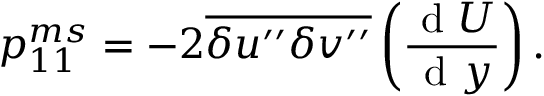
{ p } _ { 1 1 } ^ { m s } = - 2 \overline { { { \delta u ^ { \prime \prime } \delta v ^ { \prime \prime } } } } \left( \frac { \mathrm { ~ d ~ } U } { \mathrm { ~ d ~ } y } \right) .